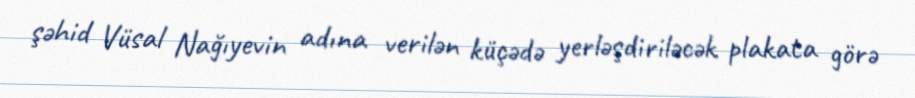
şəhid Vüsal Nağıyevin adına verilən küçədə yerləşdiriləcək plakata görə